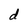
Character: d